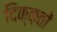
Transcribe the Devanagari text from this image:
दिक्क़तों